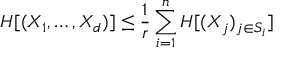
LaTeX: H [ ( X _ { 1 } , \dots , X _ { d } ) ] \leq { \frac { 1 } { r } } \sum _ { i = 1 } ^ { n } H [ ( X _ { j } ) _ { j \in S _ { i } } ]